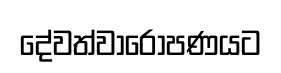
දේවත්වාරෝපණයට